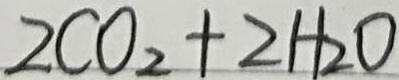
2 C O _ { 2 } + 2 H _ { 2 } O